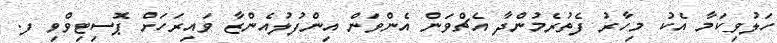
ހަލުވިކަމާ އެކު މިހާރު ފެތުރެމުންދާ އެޗްވަން އެންވަން އިންފުލުއެންޒާ ވައިރަހަށް ޕޮސިޓިވްވި ފ.